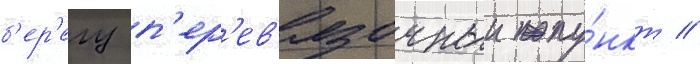
б'ер'егу п'ер'ев'язочныи пу́нкт //